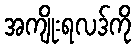
အကျိုးရလဒ်ကို